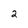
Character: 2